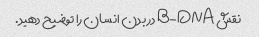
نقش B-DNA در بدن انسان را توضیح دهید.